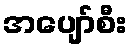
အပျော်စီး